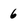
Character: 6